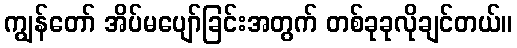
ကျွန်တော် အိပ်မပျော်ခြင်းအတွက် တစ်ခုခုလိုချင်တယ်။